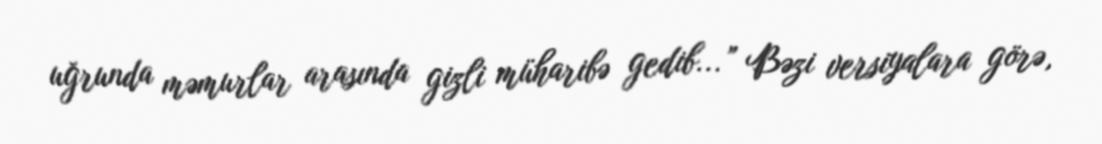
uğrunda məmurlar arasında gizli müharibə gedib...” Bəzi versiyalara görə,